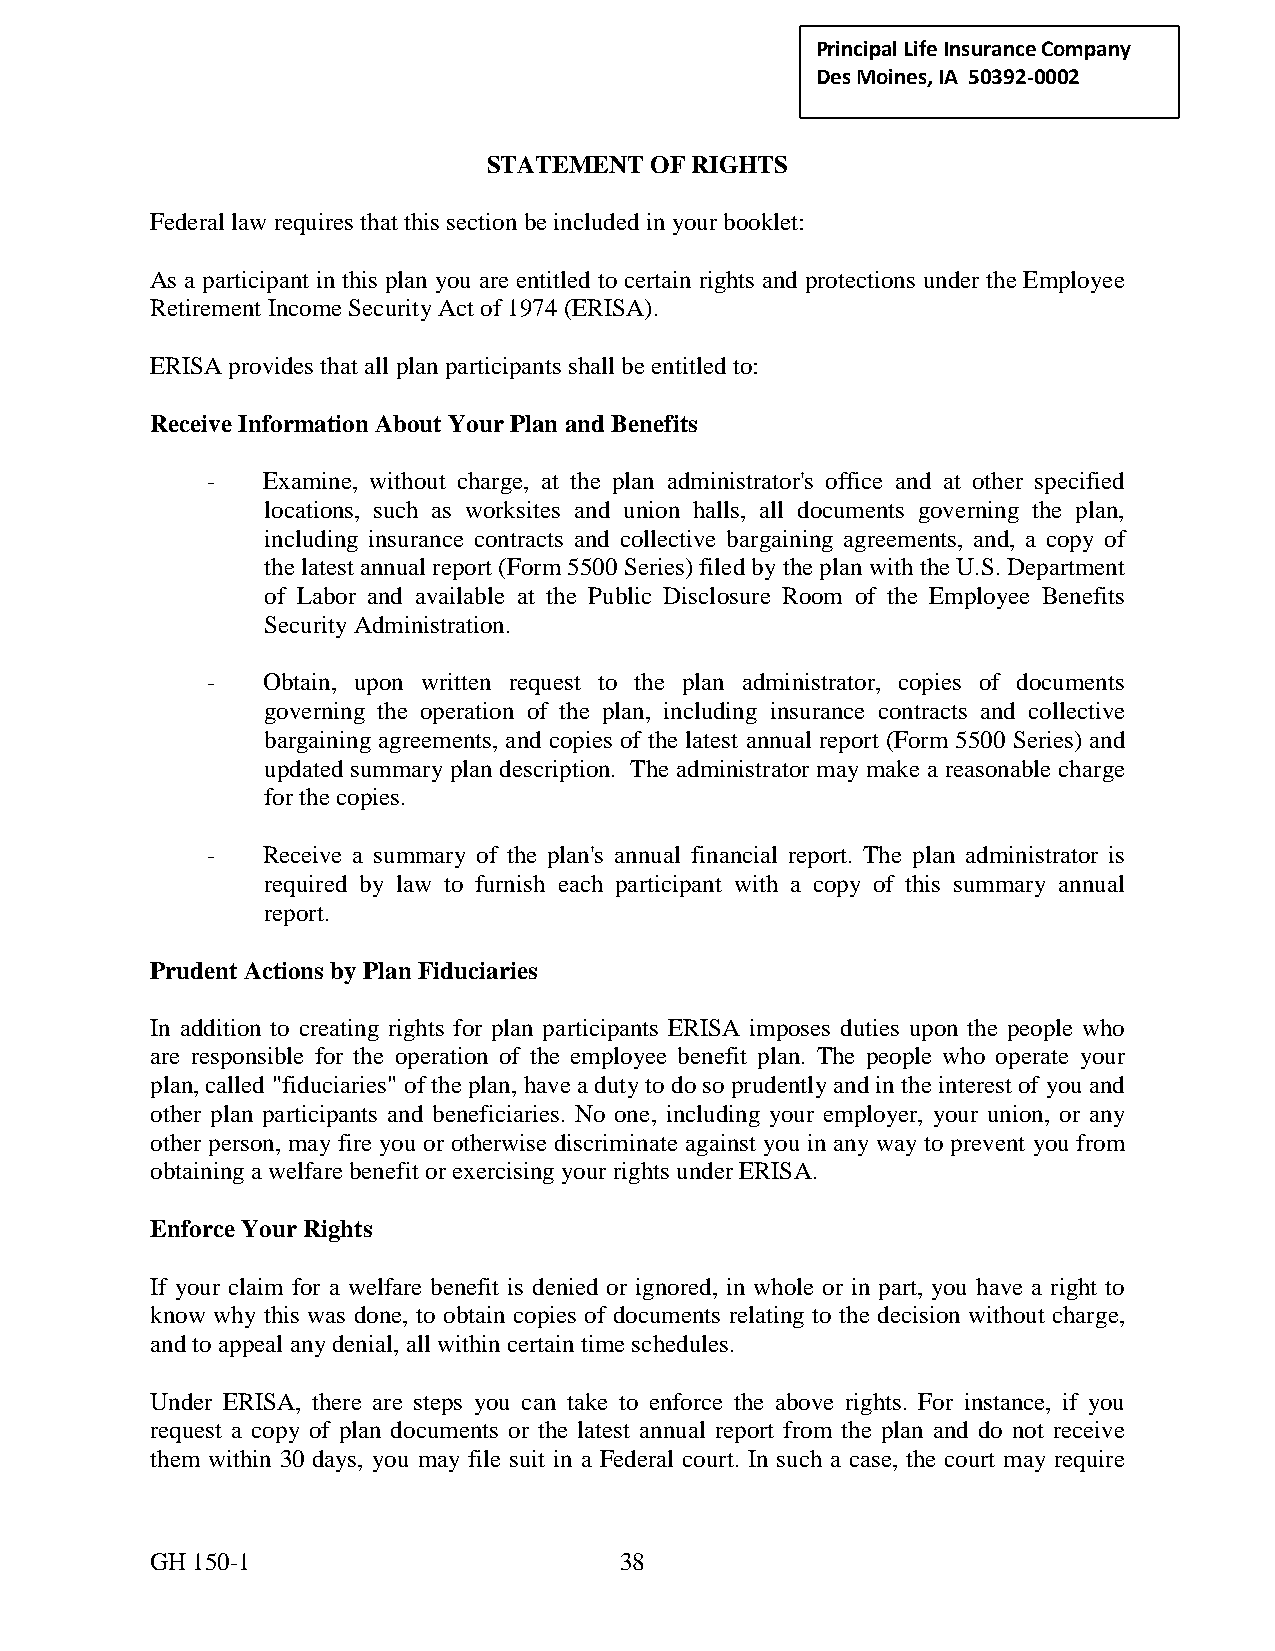
Principal Life Insurance C ompany
 Des Moines, IA 50392-0002
 STATEMENT  OF RIGHTS
 Federal law requires that this section be included in your booklet:
 As a participant in this plan you are entitled to certain rights and protections under the Employee
 Retirement Income Security Act of 1974 (ERISA).
 ERISA provides that all plan participants shall be entitled to:
 Receive Information About Your Plan and Benefits
 -  Examine, without charge, at the plan administrator's office and at other specified
 locations, such as worksites and union halls, all documents governing the plan,
 including insurance contracts and collective bargaining agreements, and, a copy of
 the latest annual report (Form 5500 Series) filed by the plan with the U.S. Department
 of Labor and available at the Public Disclosure Room of the Employee Benefits
 Security Administration.
 -  Obtain, upon written request to the plan administrator, copies of documents
 governing the operation of the plan, including insurance contracts and collective
 bargaining agreements, and copies of the latest annual report (Form 5500 Series) and
 updated summary plan description. The administrator may make a reasonable charge
 for the copies.
 -  Receive a summary of the plan's annual financial report. The plan administrator is
 required by law to furnish each participant with a copy of this summary annual
 report.
 Prudent Actions by Plan Fiduciaries
 In addition to creating rights for plan participants ERISA imposes duties upon the people who
 are responsible for the operation of the employee benefit plan. The people who operate your
 plan, called "fiduciaries" of the plan, have a duty to do so prudently and in the interest of you and
 other plan participants and beneficiaries. No one, including your employer, your union, or any
 other person, may fire you or otherwise discriminate against you in any way to prevent you from
 obtaining a welfare benefit or exercising your rights under ERISA.
 Enforce Your Rights
 If your claim for a welfare benefit is denied or ignored, in whole or in part, you have a right to
 know why this was done, to obtain copies of documents relating to the decision without charge,
 and to appeal any denial, all within certain time schedules.
 Under ERISA, there are steps you can take to enforce the above rights. For instance, if you
 request a copy of plan documents or the latest annual report from the plan and do not receive
 them within 30 days, you may file suit in a Federal court. In such a case, the court may require
 GH 150-1                       38